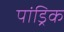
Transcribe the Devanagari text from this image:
पांड्रिक